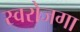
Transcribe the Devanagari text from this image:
स्‍वरोजगा